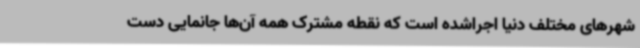
شهرهای مختلف دنیا اجراشده است که نقطه مشترک همه آن‌ها جانمایی دست